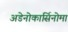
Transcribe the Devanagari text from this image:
अडेनोकार्सिनोमा